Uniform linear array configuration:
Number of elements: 12
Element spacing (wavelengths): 0.5
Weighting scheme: hann
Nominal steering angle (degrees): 15
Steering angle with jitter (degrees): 16.69
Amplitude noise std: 0.05
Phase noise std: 0.05

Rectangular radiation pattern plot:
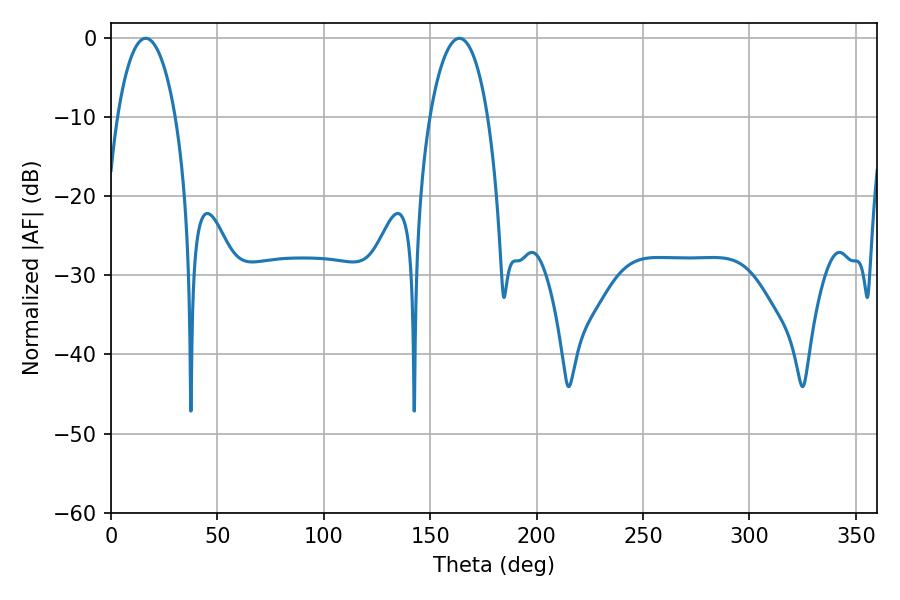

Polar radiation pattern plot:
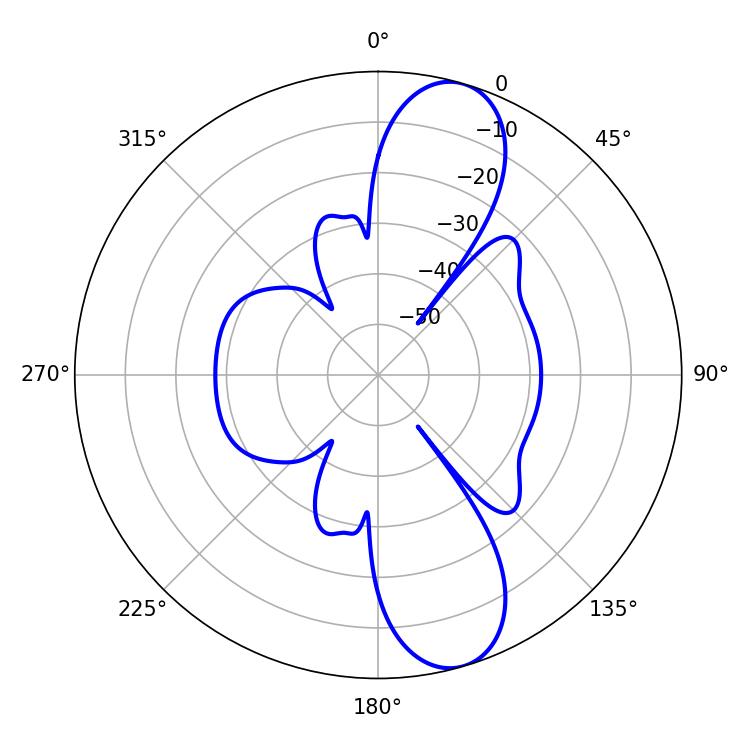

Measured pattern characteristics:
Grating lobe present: FALSE
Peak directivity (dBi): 10.953
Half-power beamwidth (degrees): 15.3
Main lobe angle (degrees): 16.38